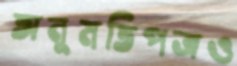
অনুমতিপত্রও